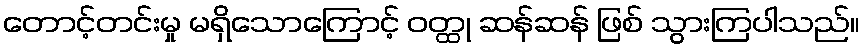
တောင့်တင်းမှု မရှိသောကြောင့် ဝတ္ထု ဆန်ဆန် ဖြစ် သွားကြပါသည်။